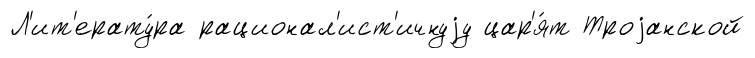
Л'ит'ерату́ра рационал'ист'ичнуjу цар'я́т Троjанской